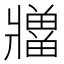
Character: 𪺡